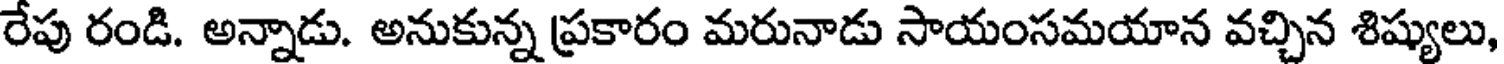
రేపు రండి. అన్నాడు. అనుకున్న ప్రకారం మరునాడు సాయంసమయాన వచ్చిన శిష్యులు,